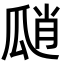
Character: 𤫾